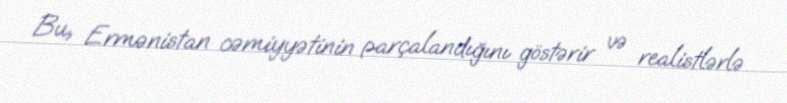
Bu, Ermənistan cəmiyyətinin parçalandığını göstərir və realistlərlə